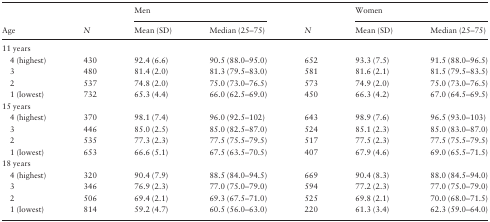
<table><thead><tr><td></td><td></td><td colspan="2"><b>Men</b></td><td></td><td colspan="2"><b>Women</b></td></tr><tr><td><b>Age</b></td><td><b><i>N</i></b></td><td><b>Mean (SD)</b></td><td><b>Median (25–75)</b></td><td><b><i>N</i></b></td><td><b>Mean (SD)</b></td><td><b>Median (25–75)</b></td></tr></thead><tbody><tr><td>11 years</td><td></td><td></td><td></td><td></td><td></td><td></td></tr><tr><td> 4 (highest)</td><td>430</td><td>92.4 (6.6)</td><td>90.5 (88.0–95.0)</td><td>652</td><td>93.3 (7.5)</td><td>91.5 (88.0–96.5)</td></tr><tr><td> 3</td><td>480</td><td>81.4 (2.0)</td><td>81.3 (79.5–83.0)</td><td>581</td><td>81.6 (2.1)</td><td>81.5 (79.5–83.5)</td></tr><tr><td> 2</td><td>537</td><td>74.8 (2.0)</td><td>75.0 (73.0–76.5)</td><td>573</td><td>74.9 (2.0)</td><td>75.0 (73.0–76.5)</td></tr><tr><td> 1 (lowest)</td><td>732</td><td>65.3 (4.4)</td><td>66.0 (62.5–69.0)</td><td>450</td><td>66.3 (4.2)</td><td>67.0 (64.5–69.5)</td></tr><tr><td>15 years</td><td></td><td></td><td></td><td></td><td></td><td></td></tr><tr><td> 4 (highest)</td><td>370</td><td>98.1 (7.4)</td><td>96.0 (92.5–102)</td><td>643</td><td>98.9 (7.6)</td><td>96.5 (93.0–103)</td></tr><tr><td> 3</td><td>446</td><td>85.0 (2.5)</td><td>85.0 (82.5–87.0)</td><td>524</td><td>85.1 (2.3)</td><td>85.0 (83.0–87.0)</td></tr><tr><td> 2</td><td>535</td><td>77.3 (2.3)</td><td>77.5 (75.5–79.5)</td><td>517</td><td>77.5 (2.3)</td><td>77.5 (75.5–79.5)</td></tr><tr><td> 1 (lowest)</td><td>653</td><td>66.6 (5.1)</td><td>67.5 (63.5–70.5)</td><td>407</td><td>67.9 (4.6)</td><td>69.0 (65.5–71.5)</td></tr><tr><td>18 years</td><td></td><td></td><td></td><td></td><td></td><td></td></tr><tr><td> 4 (highest)</td><td>320</td><td>90.4 (7.9)</td><td>88.5 (84.0–94.5)</td><td>669</td><td>90.4 (8.3)</td><td>88.0 (84.5–94.0)</td></tr><tr><td> 3</td><td>346</td><td>76.9 (2.3)</td><td>77.0 (75.0–79.0)</td><td>594</td><td>77.2 (2.3)</td><td>77.0 (75.0–79.0)</td></tr><tr><td> 2</td><td>506</td><td>69.4 (2.1)</td><td>69.3 (67.5–71.0)</td><td>525</td><td>69.8 (2.1)</td><td>70.0 (68.0–71.5)</td></tr><tr><td> 1 (lowest)</td><td>814</td><td>59.2 (4.7)</td><td>60.5 (56.0–63.0)</td><td>220</td><td>61.3 (3.4)</td><td>62.3 (59.0–64.0)</td></tr></tbody></table>